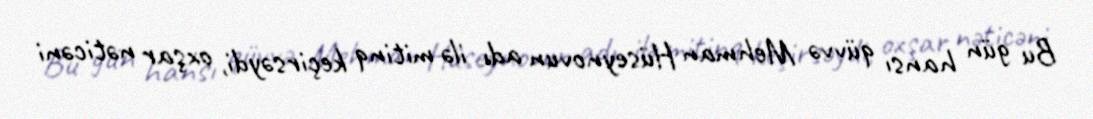
Bu gün hansı qüvvə Mehman Hüseynovun adı ilə mitinq keçirsəydi, oxşar nəticəni